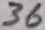
Text: 36